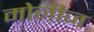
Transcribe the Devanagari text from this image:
मोनीज